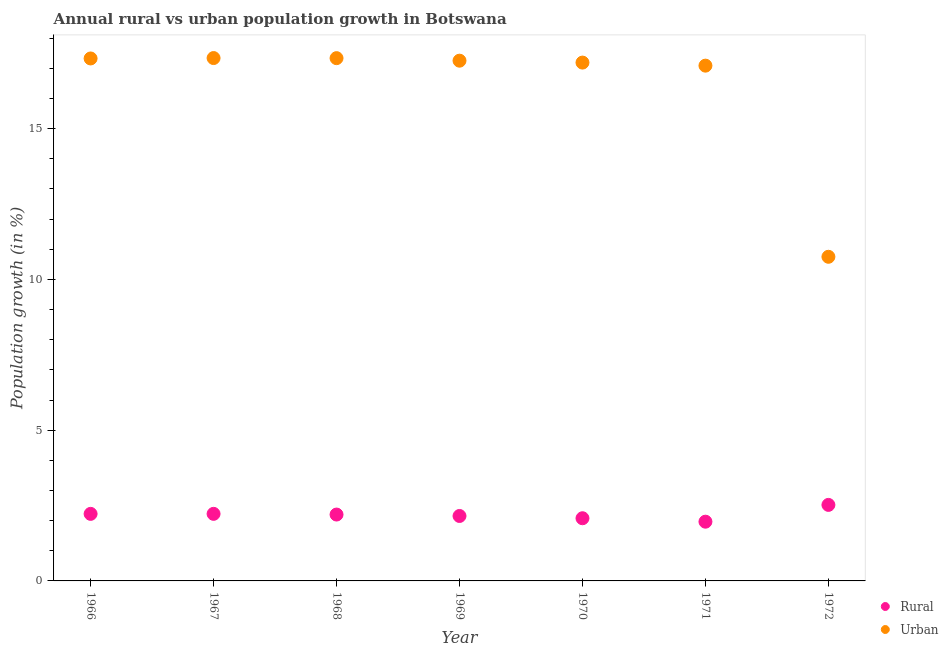
| Year | Rural | Urban  |
 | --- | --- | --- |
 | 1966 | 2.22 | 17.3 |
 | 1967 | 2.22 | 17.3 |
 | 1968 | 2.2 | 17.3 |
 | 1969 | 2.15 | 17.3 |
 | 1970 | 2.08 | 17.2 |
 | 1971 | 1.96 | 17.1 |
 | 1972 | 2.52 | 10.8 |